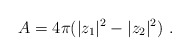
\begin{align*}A = 4\pi ( |z_1|^2 - |z_2|^2) \ .\end{align*}